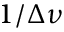
1 / \Delta \nu